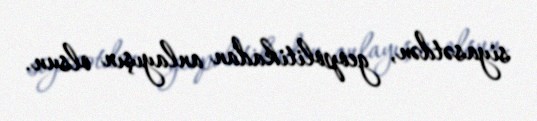
siyasətdən, geopolitikadan anlayışın olsun.